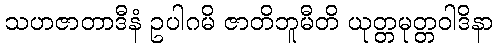
သဟဇာတာဒီနံ ဥပါဂမိ ဇာတိဘူမီတိ ယုတ္တမုတ္တဝါဒိနာ